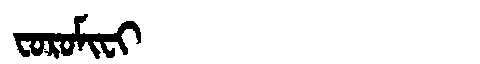
Manchu: ᠸᠣᡵᠣᠮᡳᠸᡳ
Romanization: FOROMIFI